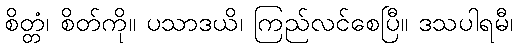
စိတ္တံ၊ စိတ်ကို။ ပသာဒယိ၊ ကြည်လင်စေပြီ။ ဒသပါရမီ၊